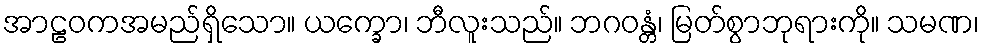
အာဠဝကအမည်ရှိသော။ ယက္ခော၊ ဘီလူးသည်။ ဘဂဝန္တံ၊ မြတ်စွာဘုရားကို။ သမဏ၊